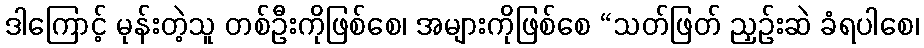
ဒါကြောင့် မုန်းတဲ့သူ တစ်ဦးကိုဖြစ်စေ၊ အများကိုဖြစ်စေ “သတ်ဖြတ် ညှဉ်းဆဲ ခံရပါစေ၊